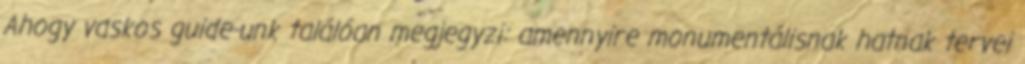
Ahogy vaskos guide-unk találóan megjegyzi: amennyire monumentálisnak hatnak tervei